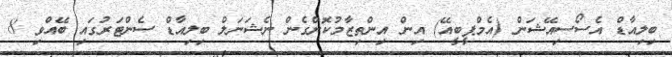
ބިލިއާޑް އެސޯސިއޭޝަން (އެމްޕީބީއޭ) އިން އިންތިޒާމުކޮށްގެން ނެޝަނަލް ބިލިއާޑް ސެންޓަރުގައި ބޭއްވި 8